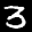
Label: 3